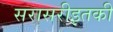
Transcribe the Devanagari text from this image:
सरासरीइतकी